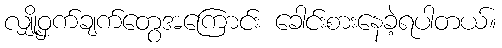
လျှို့ဝှက်ချက်တွေအကြောင်း ခေါင်းစားနေခဲ့ရပါတယ်။